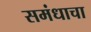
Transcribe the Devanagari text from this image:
समंधाचा